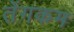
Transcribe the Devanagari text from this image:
तेंगकम